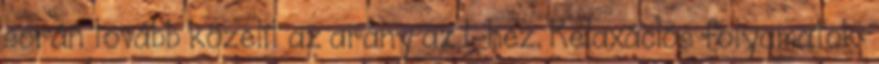
során tovább közelít az arány az 1-hez. Relaxációs folyamatok: